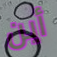
أين